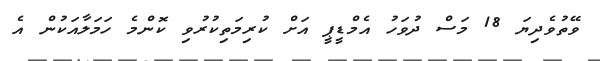
ވޭތުވެދިޔަ 18 މަސް ދުވަހު އެމްޑީޕީ އަށް ކުރިމަތިކުރުވި ކޮންމެ ހަމަލާއަކުން އެ